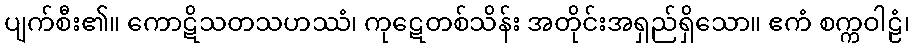
ပျက်စီး၏။ ကောဋိသတသဟဿံ၊ ကုဋေတစ်သိန်း အတိုင်းအရှည်ရှိသော။ ဧကံ စက္ကဝါဠံ၊